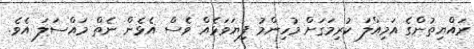
ރައްޔިތުންގެ އަމިއްލަ ކުރިމަގަށް މުހިންމު ފިޔަވަޅެއް ވެސް އެޅެން ނެތް މައްސަލަ އެވެ.